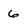
Character: 6